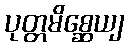
ပုတ္တမိစ္ဆေယျ